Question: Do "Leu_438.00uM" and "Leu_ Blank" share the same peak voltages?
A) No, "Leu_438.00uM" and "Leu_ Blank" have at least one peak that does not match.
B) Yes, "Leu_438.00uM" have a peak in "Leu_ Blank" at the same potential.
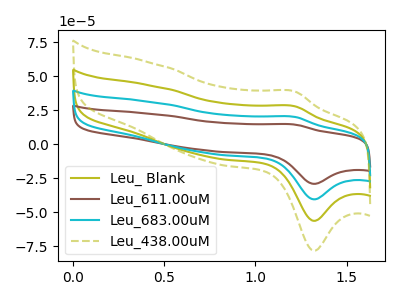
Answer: <think>The olive curve "Leu_ Blank" has an anodic peak at (1.20V, 27.75uA) and a cathodic peak at (1.30V, -56.45uA). The brown curve "Leu_611.00uM" has an anodic peak at (1.20V, 83.25uA) and a cathodic peak at (1.30V, -169.30uA). The cyan curve "Leu_683.00uM" has an anodic peak at (1.20V, 55.50uA) and a cathodic peak at (1.30V, -112.85uA). The olive dashed curve "Leu_438.00uM" has an anodic peak at (1.20V, 38.55uA) and a cathodic peak at (1.30V, -78.45uA).</think>
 <answer>B) Yes, "Leu_438.00uM" have a peak in "Leu_ Blank" at the same potential.</answer>
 <eval>B</eval>